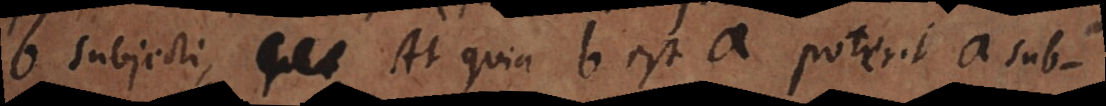
b subjecti. _ At quia b est a poterit a sub-